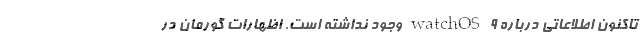
تاکنون اطلاعاتی درباره watchOS ۹ وجود نداشته است. اظهارات گورمان در